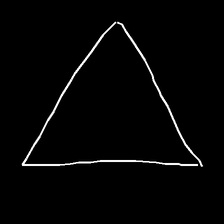
Glyph: convergence